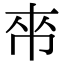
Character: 𫷃